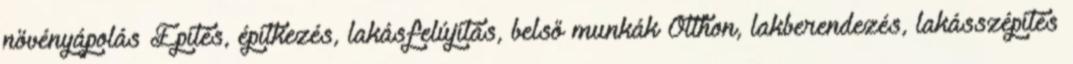
növényápolás Építés, építkezés, lakásfelújítás, belső munkák Otthon, lakberendezés, lakásszépítés